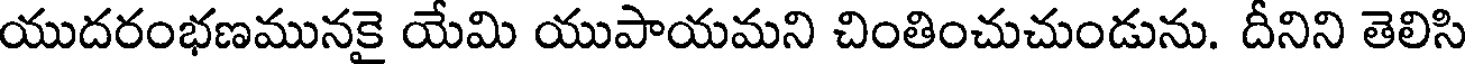
యుదరంభణమునకై యేమి యుపాయమని చింతించుచుండును. దీనిని తెలిసి